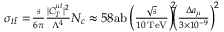
\begin{array} { r } { \! \sigma _ { t \bar { t } } = \! \frac { s } { 6 \pi } \frac { | C _ { T } ^ { \mu t } | ^ { 2 } } { \Lambda ^ { 4 } } N _ { c } \approx 5 8 \mathrm { a b } \left( \frac { \sqrt { s } } { 1 0 \, \mathrm { T e V } } \right) ^ { \! \! 2 } \! \! \! \left( \frac { \Delta a _ { \mu } } { 3 \times 1 0 ^ { - 9 } } \right) ^ { \! 2 } } \end{array}